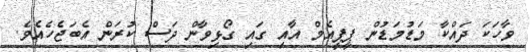
ވާހަކަ ދައްކާ މަޑުމަޑުން ޕީޕީއެމް އާއި ގައި ގޯޅިވާން ދަސް ކުރަން އެބަޖެހެއެވެ.